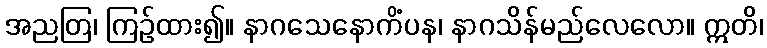
အညတြ၊ ကြဉ်ထား၍။ နာဂသေနောကိံပန၊ နာဂသိန်မည်လေလော။ ဣတိ၊